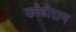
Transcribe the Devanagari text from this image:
कोंडीराम